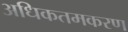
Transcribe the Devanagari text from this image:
अधिकतमकरण